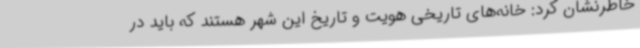
خاطرنشان کرد: خانه‌های تاریخی هویت و تاریخ این شهر هستند که باید در